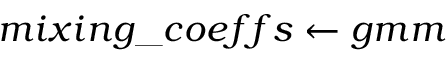
m i x i n g \_ c o e f f s \leftarrow g m m